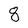
Character: 8